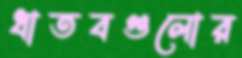
ধাতবগুলোর